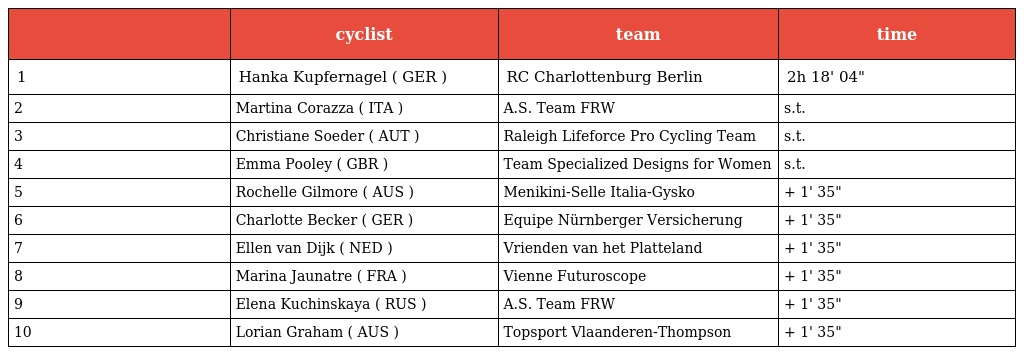
|  | cyclist | team | time |
 | --- | --- | --- | --- |
 | 1 | Hanka Kupfernagel ( GER ) | RC Charlottenburg Berlin | 2h 18' 04" |
 | 2 | Martina Corazza ( ITA ) | A.S. Team FRW | s.t. |
 | 3 | Christiane Soeder ( AUT ) | Raleigh Lifeforce Pro Cycling Team | s.t. |
 | 4 | Emma Pooley ( GBR ) | Team Specialized Designs for Women | s.t. |
 | 5 | Rochelle Gilmore ( AUS ) | Menikini-Selle Italia-Gysko | + 1' 35" |
 | 6 | Charlotte Becker ( GER ) | Equipe Nürnberger Versicherung | + 1' 35" |
 | 7 | Ellen van Dijk ( NED ) | Vrienden van het Platteland | + 1' 35" |
 | 8 | Marina Jaunatre ( FRA ) | Vienne Futuroscope | + 1' 35" |
 | 9 | Elena Kuchinskaya ( RUS ) | A.S. Team FRW | + 1' 35" |
 | 10 | Lorian Graham ( AUS ) | Topsport Vlaanderen-Thompson | + 1' 35" |